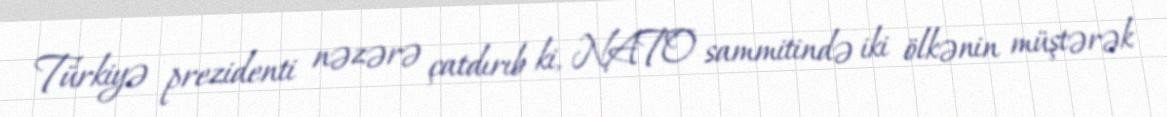
Türkiyə prezidenti nəzərə çatdırıb ki, NATO sammitində iki ölkənin müştərək